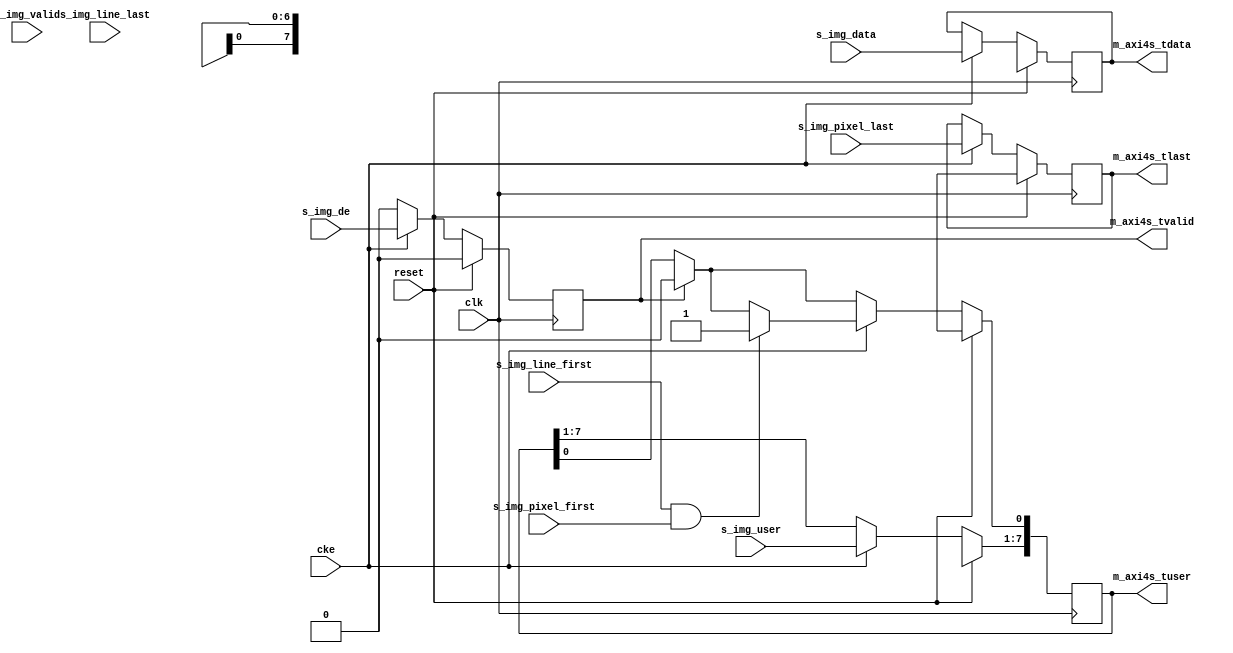
// ---------------------------------------------------------------------------
//  Jelly  -- The platform for real-time computing
//   image processing
//
//                                 Copyright (C) 2008-2016 by Ryuji Fuchikami
//                                 https://github.com/ryuz/jelly.git
// ---------------------------------------------------------------------------



`timescale 1ns / 1ps
`default_nettype none


//  de  frame_start  frame_end 
// valid  0


module jelly_img_to_axi4s
        #(
            parameter   TUSER_WIDTH = 8,
            parameter   TDATA_WIDTH = 8,
            parameter   USE_DE      = 1,        // s_img_de 
            parameter   USE_VALID   = 0,        // s_img_valid 
            
            parameter   USER_WIDTH  = TUSER_WIDTH > 1 ? TUSER_WIDTH - 1 : 1
        )
        (
            input   wire                        reset,
            input   wire                        clk,
            input   wire                        cke,
            
            input   wire                        s_img_line_first,
            input   wire                        s_img_line_last,
            input   wire                        s_img_pixel_first,
            input   wire                        s_img_pixel_last,
            input   wire                        s_img_de,
            input   wire    [USER_WIDTH-1:0]    s_img_user,
            input   wire    [TDATA_WIDTH-1:0]   s_img_data,
            input   wire                        s_img_valid,
            
            output  wire    [TUSER_WIDTH-1:0]   m_axi4s_tuser,
            output  wire                        m_axi4s_tlast,
            output  wire    [TDATA_WIDTH-1:0]   m_axi4s_tdata,
            output  wire                        m_axi4s_tvalid
        );
    
    wire                        s_valid       = USE_VALID ? s_img_valid : 1'b1;
    wire                        s_line_first  = (s_valid & s_img_line_first);
    wire                        s_line_last   = (s_valid & s_img_line_last);
    wire                        s_pixel_first = (s_valid & s_img_pixel_first);
    wire                        s_pixel_last  = (s_valid & s_img_pixel_last);
    wire                        s_de          = (s_valid & s_img_de);
    wire    [USER_WIDTH-1:0]    s_user        = s_img_user;
    wire    [TDATA_WIDTH-1:0]   s_data        = s_img_data;
    
    reg                         reg_de;
    reg     [TUSER_WIDTH-1:0]   reg_tuser;
    reg                         reg_tlast;
    reg     [TDATA_WIDTH-1:0]   reg_tdata;
    reg                         reg_tvalid;
    
    always @(posedge clk) begin
        if ( reset ) begin
            reg_de     <= 1'b0;
            reg_tuser  <= {TUSER_WIDTH{1'bx}};
            reg_tlast  <= 1'bx;
            reg_tdata  <= {TDATA_WIDTH{1'bx}};
            reg_tvalid <= 1'b0;
        end
        else if ( cke ) begin
            reg_tuser <= {s_user, reg_tuser[0]};
            if ( reg_tvalid ) begin
                reg_tuser[0] <= 1'b0;
            end
            if ( s_valid && s_line_first && s_pixel_first ) begin
                reg_tuser[0] <= 1'b1;
            end
            
            reg_tlast    <= s_pixel_last;
            reg_tdata    <= s_data;
            
            if ( USE_DE ) begin
                reg_tvalid <= s_de;
            end
            else begin
                // auto create de
                if ( s_line_first ) begin
                    reg_de <= 1'b1;
                end
                else if ( s_line_last ) begin
                    reg_de <= 1'b0;
                end
//              reg_tvalid <= (s_line_first || s_line_last || reg_de);
                reg_tvalid <= reg_de;
            end
        end
        else begin
            reg_tvalid <= 1'b0;
            if ( reg_tvalid ) begin
                reg_tuser[0] <= 1'b0;
            end
        end
    end
    
    assign m_axi4s_tuser  = reg_tuser;
    assign m_axi4s_tlast  = reg_tlast;
    assign m_axi4s_tdata  = reg_tdata;
    assign m_axi4s_tvalid = reg_tvalid;
    
endmodule


`default_nettype wire


// end of file